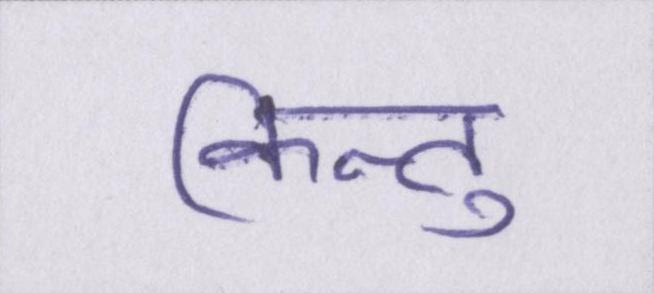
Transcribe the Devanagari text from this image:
किन्तु